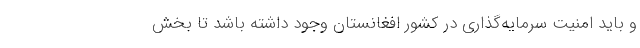
و باید امنیت سرمایه‌گذاری در کشور افغانستان وجود داشته باشد تا بخش